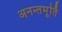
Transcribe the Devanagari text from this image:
अनन्तमूर्ति